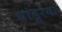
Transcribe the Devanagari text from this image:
पांडूरंगा